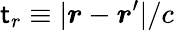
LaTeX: \mathsf{t}_{r}\equiv|\boldsymbol{r}-\boldsymbol{r}^{\prime}|/c